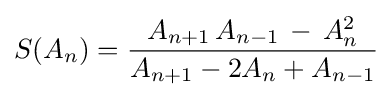
S(A_{n})={\frac {A_{n+1}\,A_{n-1}\,-\,A_{n}^{2}}{A_{n+1}-2A_{n}+A_{n-1}}}